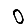
Digit: 0